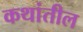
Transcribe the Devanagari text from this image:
कथांतील